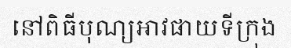
នៅពិធីបុណ្យអាវផាយទីក្រុង